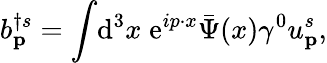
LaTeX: b_{\textbf{p}}^{\dagger s}=\int\! \mathrm{d}^{3}x\; \mathrm{e}^{ip\cdot x}{\bar{\Psi}}(x)\gamma^{0}u_{\textbf{p}}^{s},